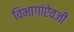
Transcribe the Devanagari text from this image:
विभागांऐवजी